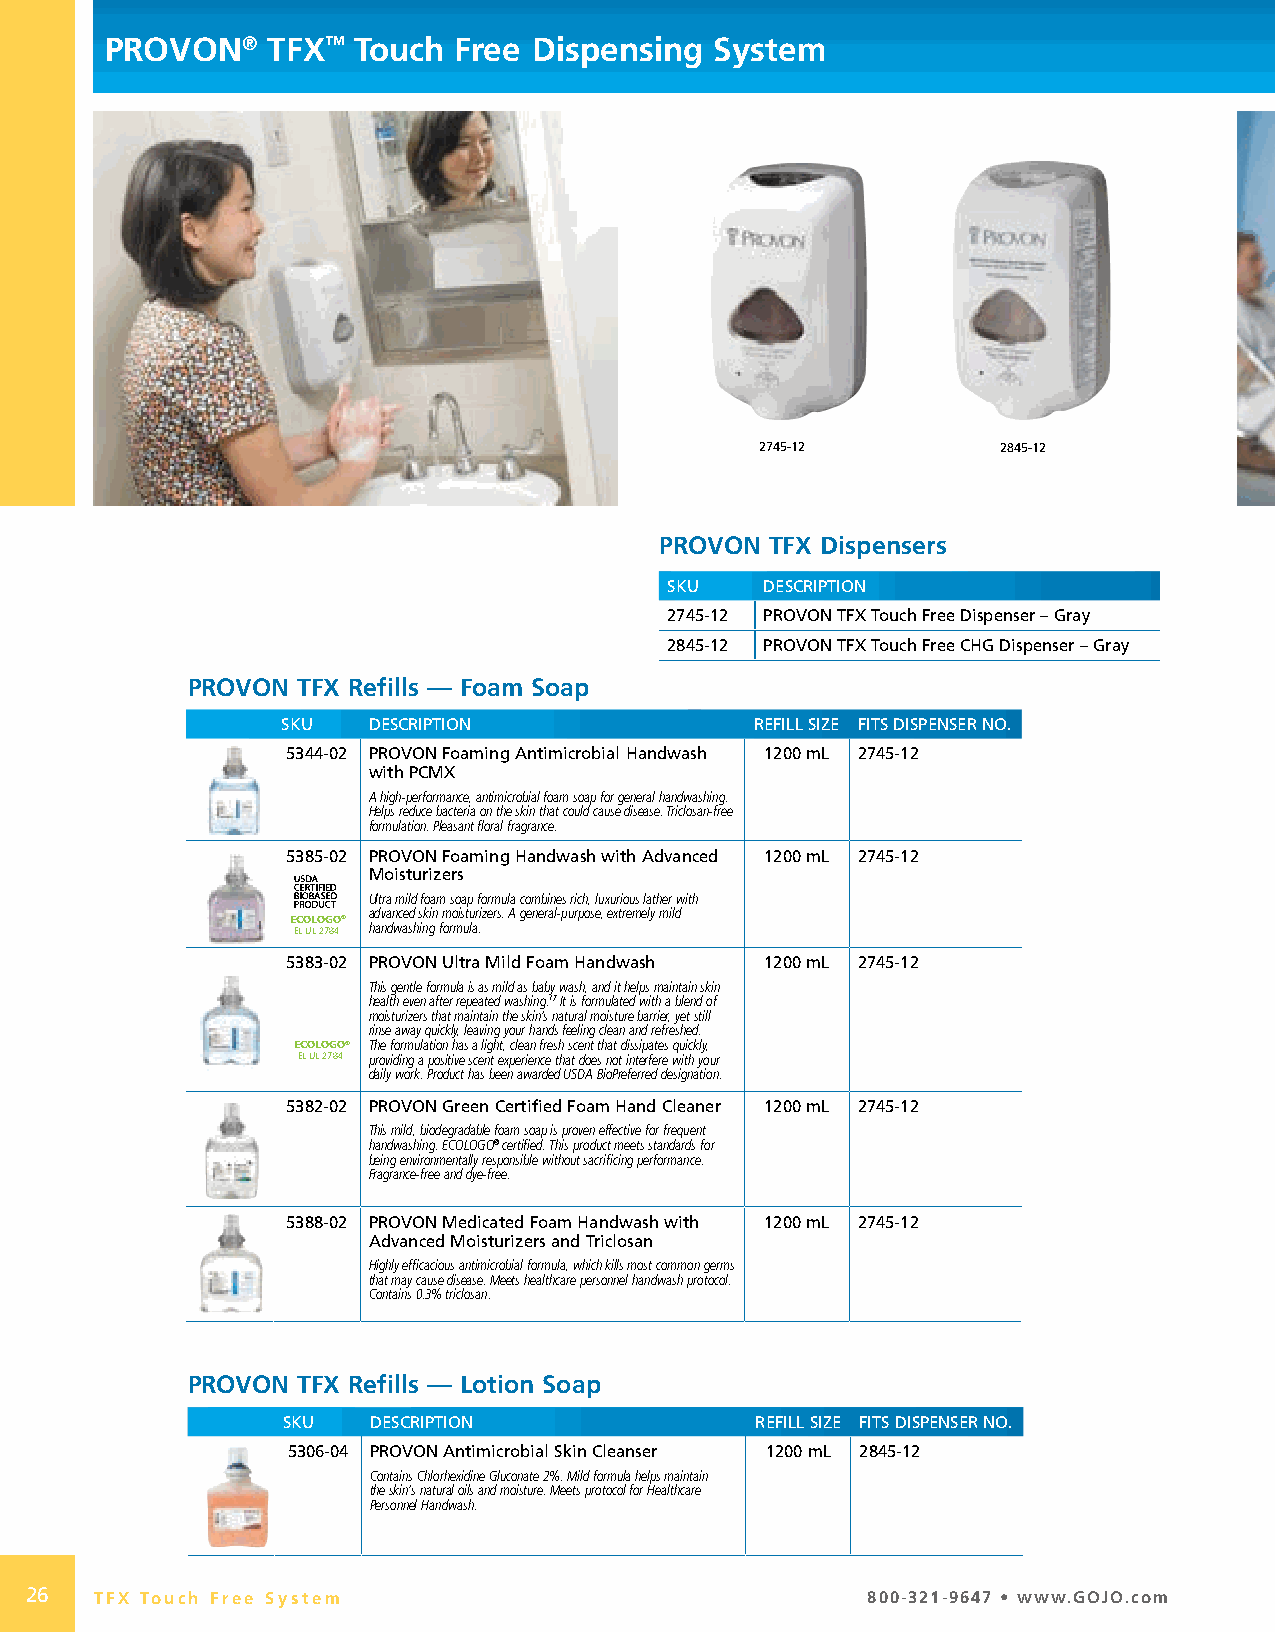
PROVON®    TFX™ Touch  Free Dispensing  System
 2745-12         2845-12
 PROVON TFX Dispensers
 SKU    DESCRIPTION
 2745-12 PROVON TFX Touch Free Dispenser – Gray
 2845-12 PROVON TFX Touch Free CHG Dispenser – Gray
 PROVON  TFX Refills — Foam Soap
 SKU  DESCRIPTION               REFILL SIZE FITS DISPENSER NO.
 5344-02 PROVON Foaming Antimicrobial Handwash 1200 mL 2745-12
 with PCMX
 A high-performance, antimicrobial foam soap for general handwashing.
 Helps reduce bacteria on the skin that could cause disease. Triclosan-free
 formulation. Pleasant floral fragrance.
 5385-02 PROVON Foaming Handwash with Advanced 1200 mL 2745-12
 Moisturizers
 Ultra mild foam soap formula combines rich, luxurious lather with
 advanced skin moisturizers. A general-purpose, extremely mild
 ECOLOGO®
 EL UL 2784 handwashing formula.
 5383-02 PROVON Ultra Mild Foam Handwash 1200 mL 2745-12
 This gentle formula is as mild as baby wash, and it helps maintain skin
 health even after repeated washing.17 It is formulated with a blend of
 moisturizers that maintain the skin’s natural moisture barrier, yet still
 rinse away quickly, leaving your hands feeling clean and refreshed.
 ECOLOGO® The formulation has a light, clean fresh scent that dissipates quickly,
 EL UL 2784 providing a positive scent experience that does not interfere with your
 daily work. Product has been awarded USDA BioPreferred designation.
 5382-02 PROVON Green Certified Foam Hand Cleaner 1200 mL 2745-12
 This mild, biodegradable foam soap is proven effective for frequent
 handwashing. ECOLOGO® certified. This product meets standards for
 being environmentally responsible without sacrificing performance.
 Fragrance-free and dye-free.
 5388-02 PROVON Medicated Foam Handwash with 1200 mL 2745-12
 Advanced Moisturizers and Triclosan
 Highly efficacious antimicrobial formula, which kills most common germs
 that may cause disease. Meets healthcare personnel handwash protocol.
 Contains 0.3% triclosan.
 PROVON  TFX Refills — Lotion Soap
 SKU   DESCRIPTION              REFILL SIZE FITS DISPENSER NO.
 5306-04 PROVON Antimicrobial Skin Cleanser 1200 mL 2845-12
 Contains Chlorhexidine Gluconate 2%. Mild formula helps maintain
 the skin’s natural oils and moisture. Meets protocol for Healthcare
 Personnel Handwash.
 26  TFX Touch Free System                              800-321-9647 • www.GOJO.com